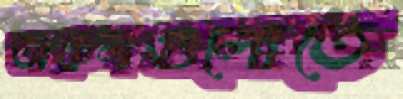
অঞ্চলগুলোতে